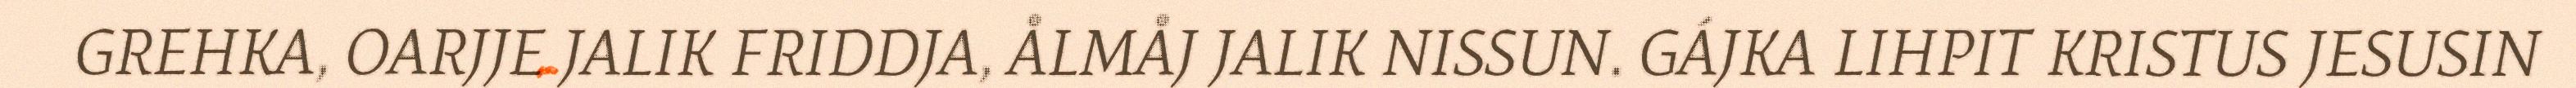
GREHKA, OARJJE JALIK FRIDDJA, ÅLMÅJ JALIK NISSUN. GÁJKA LIHPIT KRISTUS JESUSIN